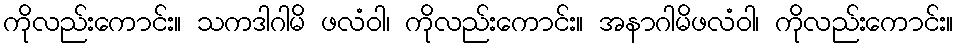
ကိုလည်းကောင်း။ သကဒါဂါမိ ဖလံဝါ၊ ကိုလည်းကောင်း။ အနာဂါမိဖလံဝါ၊ ကိုလည်းကောင်း။